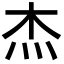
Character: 杰